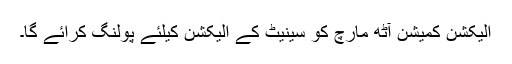
الیکشن کمیشن آٹھ مارچ کو سینیٹ کے الیکشن کیلئے پولنگ کرائے گا۔